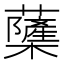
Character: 𮓌